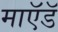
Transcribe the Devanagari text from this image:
माऍडॅ